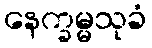
နေက္ခမ္မသုခံ